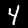
Label: 4